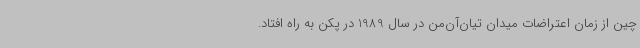
چین از زمان اعتراضات میدان تیان‌آن‌من در سال 1989 در پکن به راه افتاد.